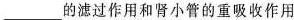
___的滤过作用和肾小管的重吸收作用